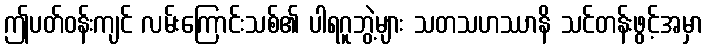
ဤပတ်ဝန်းကျင် လမ်းကြောင်းသစ်၏ ပါရဂူဘွဲ့များ သတသဟဿာနိ သင်တန်းဖွင့်အမှာ